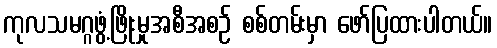
ကုလသမဂ္ဂဖွံ့ဖြိုးမှုအစီအစဉ် စစ်တမ်းမှာ ဖော်ပြထားပါတယ်။